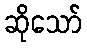
ဆိုသော်